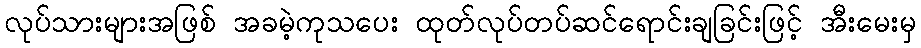
လုပ်သားများအဖြစ် အခမဲ့ကုသပေး ထုတ်လုပ်တပ်ဆင်ရောင်းချခြင်းဖြင့် အီးမေးမှ